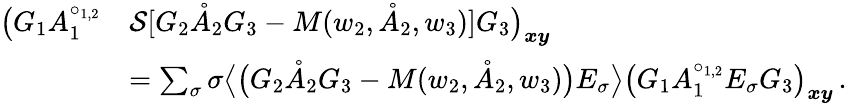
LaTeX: \begin{array}{rl}{\big(G_{1}A_{1}^{\circ_{1,2}}}&{\mathcal{S}[G_{2}\mathring{A}_{2}G_{3}-M(w_{2},\mathring{A}_{2},w_{3})]G_{3}\big)_{\boldsymbol{x}\boldsymbol{y}}}\\ &{=\sum_{\sigma}\sigma\big\langle\big(G_{2}\mathring{A}_{2}G_{3}-M(w_{2},\mathring{A}_{2},w_{3})\big)E_{\sigma}\big\rangle\big(G_{1}A_{1}^{\circ_{1,2}}E_{\sigma}G_{3}\big)_{\boldsymbol{x}\boldsymbol{y}}\, .}\end{array}